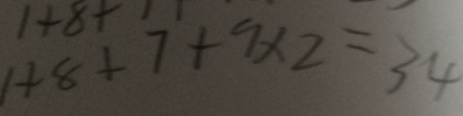
1 + 8 + 7 + 9 \times 2 = 3 4